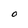
Character: 0